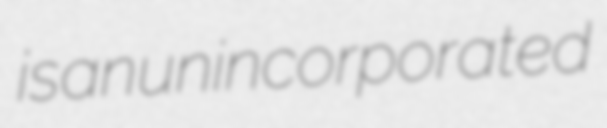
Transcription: is an unincorporated